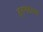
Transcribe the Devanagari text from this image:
हतगडाचा